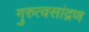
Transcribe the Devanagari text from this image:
गुरुत्वसांद्रण